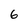
Character: 6